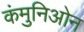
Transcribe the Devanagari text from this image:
कंमुनिओन